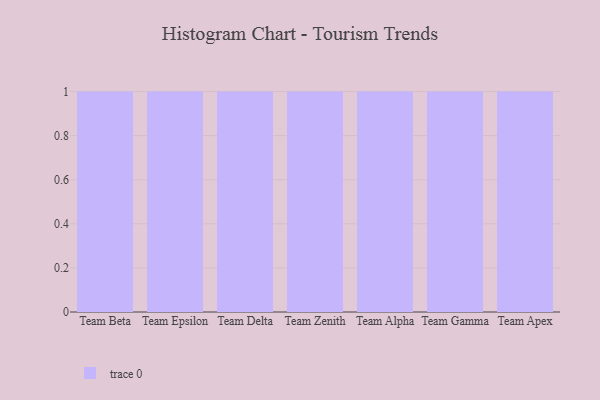
{"axis": {"x": "Team", "y": "Humidity (%)"}, "legend": [""], "data": [{"x": "Team Beta", "y": 88, "type": ""}, {"x": "Team Epsilon", "y": 52, "type": ""}, {"x": "Team Delta", "y": 1, "type": ""}, {"x": "Team Zenith", "y": 37, "type": ""}, {"x": "Team Alpha", "y": 38, "type": ""}, {"x": "Team Gamma", "y": 64, "type": ""}, {"x": "Team Apex", "y": 48, "type": ""}]}